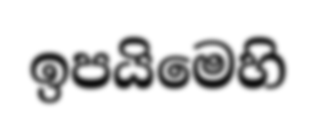
ඉපයිමෙහි